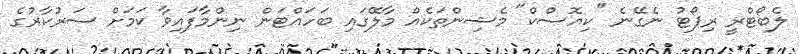
ލެބޯޓްރީ ރިޕޯޓު ނެގޭނެ "ކިއޮސްކް" މެޝިންތަކެއް މާލޭގައި ބަހައްޓަން ނިންމާފައިވާ ކަމަށް ސަރުކާރުގެ